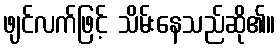
ဖျင်လက်ဖြင့် သိမ်းနေသည်ဆို၏။